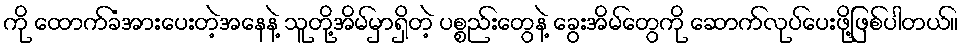
ကို ထောက်ခံအားပေးတဲ့အနေနဲ့ သူတို့အိမ်မှာရှိတဲ့ ပစ္စည်းတွေနဲ့ ခွေးအိမ်တွေကို ဆောက်လုပ်ပေးဖို့ဖြစ်ပါတယ်။